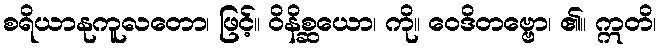
စရိယာနုကူလတော၊ ဖြင့်။ ဝိနိစ္ဆယော၊ ကို။ ဝေဒိတဗ္ဗော၊ ၏။ ဣတိ၊